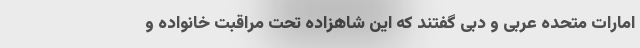
امارات متحده عربی و دبی گفتند که این شاهزاده تحت مراقبت خانواده و